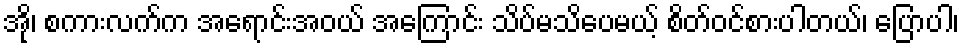
အို၊ စကားလက်က အရောင်းအဝယ် အကြောင်း သိပ်မသိပေမယ့် စိတ်ဝင်စားပါတယ်၊ ပြောပါ၊